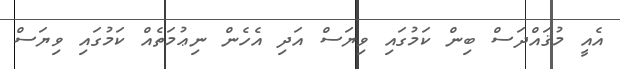
އެއީ މުޤައްދަސް ބިން ކަމުގައި ވިޔަސް އަދި އެހެން ނިޢުމަތެއް ކަމުގައި ވިޔަސް